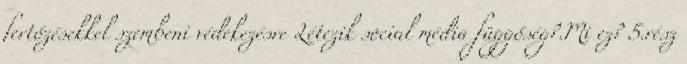
fertőzésekkel szembeni védekezésre Létezik social média függőség?.Mi ez? 5.rész